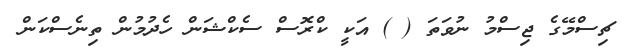
ޗިސްމޭގެ ޖިސްމު ނުވަތަ ( ) އަކީ ކްރޮސް ސެކްޝަން ހެދުމުން ތިނެސްކަން